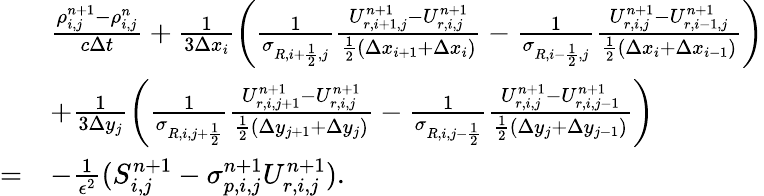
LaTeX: \begin{array}{rl}&{\frac{\rho_{i,j}^{n+1}-\rho_{i,j}^{n}}{c\Delta t}+\frac{1}{3\Delta x_{i}}\left(\frac{1}{\sigma_{R,i+\frac 12,j}}\frac{U_{r,i+1,j}^{n+1}-U_{r,i,j}^{n+1}}{\frac 12(\Delta x_{i+1}+\Delta x_{i})}-\frac{1}{\sigma_{R,i-\frac 12,j}}\frac{U_{r,i,j}^{n+1}-U_{r,i-1,j}^{n+1}}{\frac 12(\Delta x_{i}+\Delta x_{i-1})}\right)}\\ &{+\frac{1}{3\Delta y_{j}}\left(\frac{1}{\sigma_{R,i,j+\frac 12}}\frac{U_{r,i,j+1}^{n+1}-U_{r,i,j}^{n+1}}{\frac 12(\Delta y_{j+1}+\Delta y_{j})}-\frac{1}{\sigma_{R,i,j-\frac 12}}\frac{U_{r,i,j}^{n+1}-U_{r,i,j-1}^{n+1}}{\frac 12(\Delta y_{j}+\Delta y_{j-1})}\right)}\\ {=}&{-\frac{1}{\epsilon^{2}}(S_{i,j}^{n+1}-\sigma_{p,i,j}^{n+1}U_{r,i,j}^{n+1}).}\end{array}